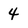
Character: 4